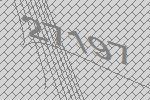
27197